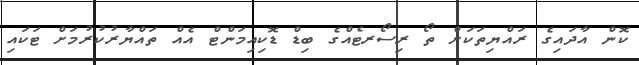
ކޮން އާދައިގެ ރައްޔިތަކަށް ތޯ ރިސޯރޓެެއްގެ ބިޑް ޑޮކިއިމަންޓް އެއް ތައްޔާރުކުރުމަށް ޓަކައި